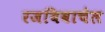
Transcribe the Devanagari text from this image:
रजबिवाचेल